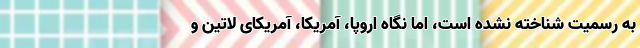
به رسمیت شناخته نشده است، اما نگاه اروپا، آمریکا، آمریکای لاتین و